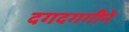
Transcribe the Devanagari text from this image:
दगदगगीने